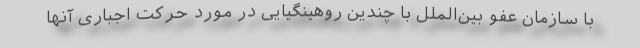
با سازمان عفو بین‌الملل با چندین روهینگیایی در مورد حرکت اجباری آنها